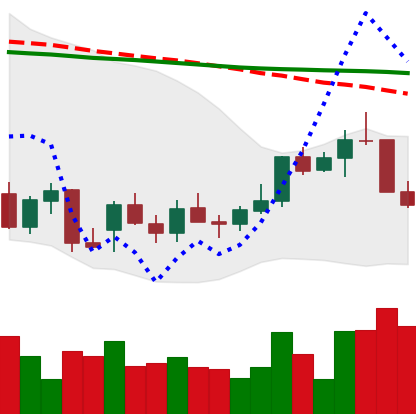
Ticker: LINK-USD
Chart end date: 2021-12-29
Forward return: 19.647%
Label: up_7plus